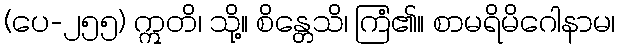
(ပေ-၂၅၅) ဣတိ၊ သို့။ စိန္တေသိ၊ ကြံ၏။ စာမရိမိဂေါနာမ၊